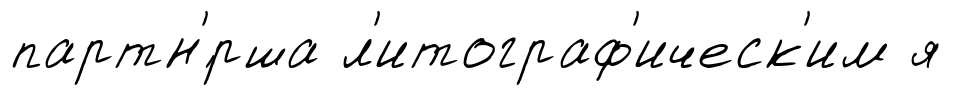
партн'́рша л'итограф'ическ'им я